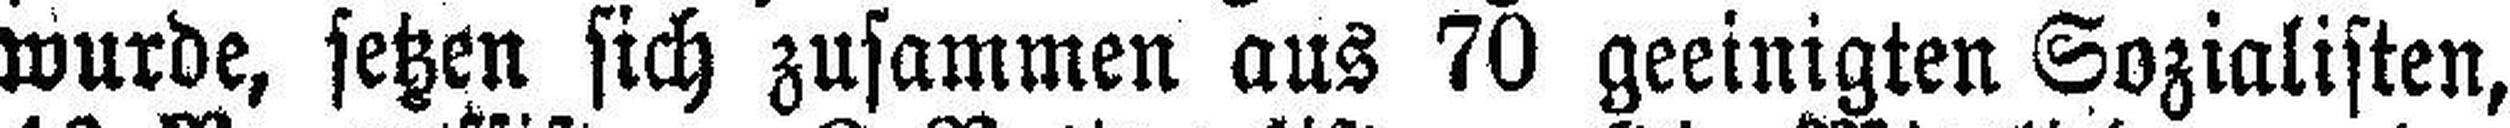
wurde, setzen sich zusammen aus 70 geeinigten Sozialisten,